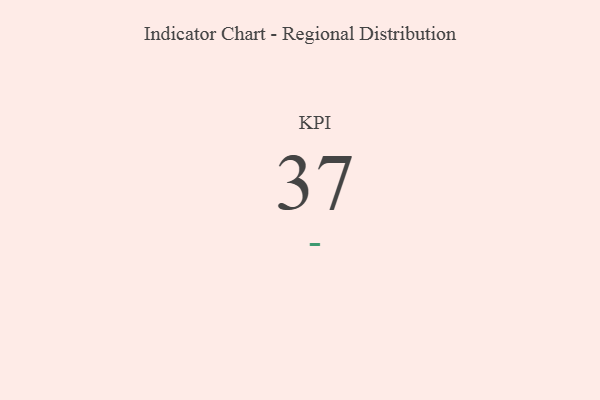
{"axis": {"x": "KPI", "y": "Value"}, "legend": [""], "data": [{"x": "KPI", "y": 37, "type": ""}]}